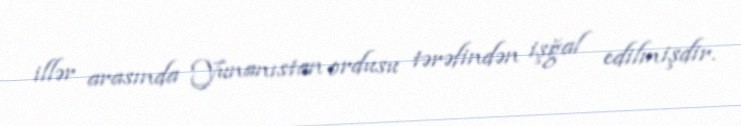
illər arasında Yunanıstan ordusu tərəfindən işğal edilmişdir.